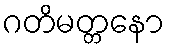
ဂတိမတ္တနော